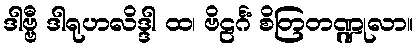
ဒါဗ္ဗီ ဒါရုဟလိဒ္ဒါ ထ၊ ဗိဠင်္ဂံ စိတြတဏ္ဍုလာ။